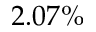
2 . 0 7 \%